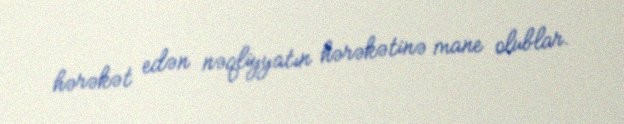
hərəkət edən nəqliyyatın hərəkətinə mane olublar.